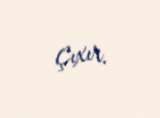
çıxır.